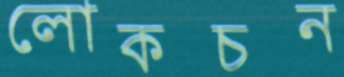
লোকচন